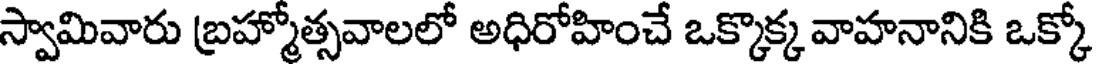
స్వామివారు బ్రహ్మోత్సవాలలో అధిరోహించే ఒక్కొక్క వాహనానికి ఒక్కో